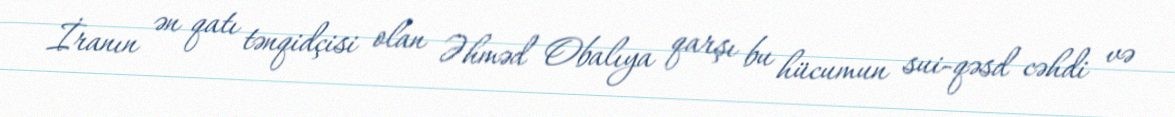
İranın ən qatı tənqidçisi olan Əhməd Obalıya qarşı bu hücumun sui-qəsd cəhdi və